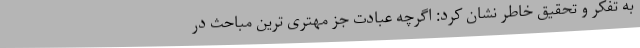
به تفکر و تحقیق خاطر نشان کرد: اگرچه عبادت جز مهتری ترین مباحث در